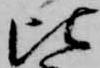
比